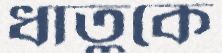
ধাতুকে